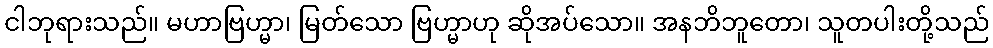
ငါဘုရားသည်။ မဟာဗြဟ္မာ၊ မြတ်သော ဗြဟ္မာဟု ဆိုအပ်သော။ အနဘိဘူတော၊ သူတပါးတို့သည်